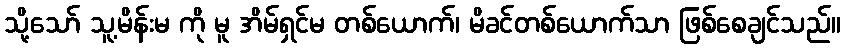
သို့သော် သူ့မိန်းမ ကို မူ အိမ်ရှင်မ တစ်ယောက်၊ မိခင်တစ်ယောက်သာ ဖြစ်စေချင်သည်။